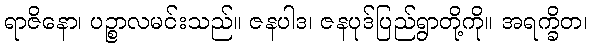
ရာဇိနော၊ ပဉ္စာလမင်းသည်။ ဇနပါဒ၊ ဇနပုဒ်ပြည်ရွာတို့ကို။ အရက္ခိတ၊